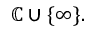
\mathbb { C } \cup \{ \infty \} .